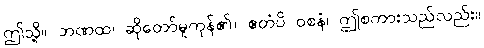
ဤသို့။ ဘဏထ၊ ဆိုတော်မူကုန်၏။ ဧတံပိ ဝစနံ၊ ဤစကားသည်လည်း။